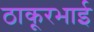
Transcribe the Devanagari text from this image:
ठाकूरभाई